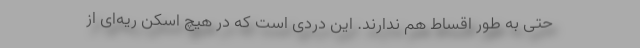
حتی به طور اقساط هم ندارند. این دردی است که در هیچ اسکن ریه‌ای از